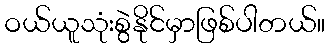
ဝယ်ယူသုံးစွဲနိုင်မှာဖြစ်ပါတယ်။